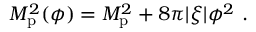
M _ { \mathrm { p } } ^ { 2 } ( \phi ) = M _ { \mathrm { p } } ^ { 2 } + 8 \pi | \xi | \phi ^ { 2 } \ .